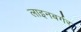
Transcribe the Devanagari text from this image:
लाइनबर्गर